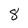
Character: 8